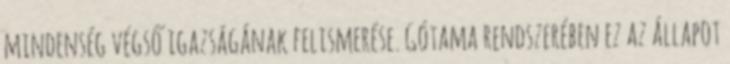
mindenség végső igazságának felismerése. Gótama rendszerében ez az állapot